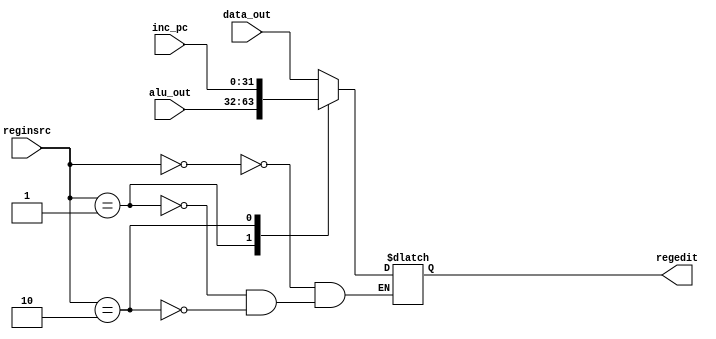
module write_back(input [31:0] data_out,alu_out,inc_pc,output reg [31:0] regedit,input [1:0] reginsrc);
always @ (*)
begin
case (reginsrc)
	2'b00: regedit<=data_out;
	2'b01: regedit<=alu_out;
	2'b10: regedit<=inc_pc;
	//11: y=i3;
endcase
end
endmodule